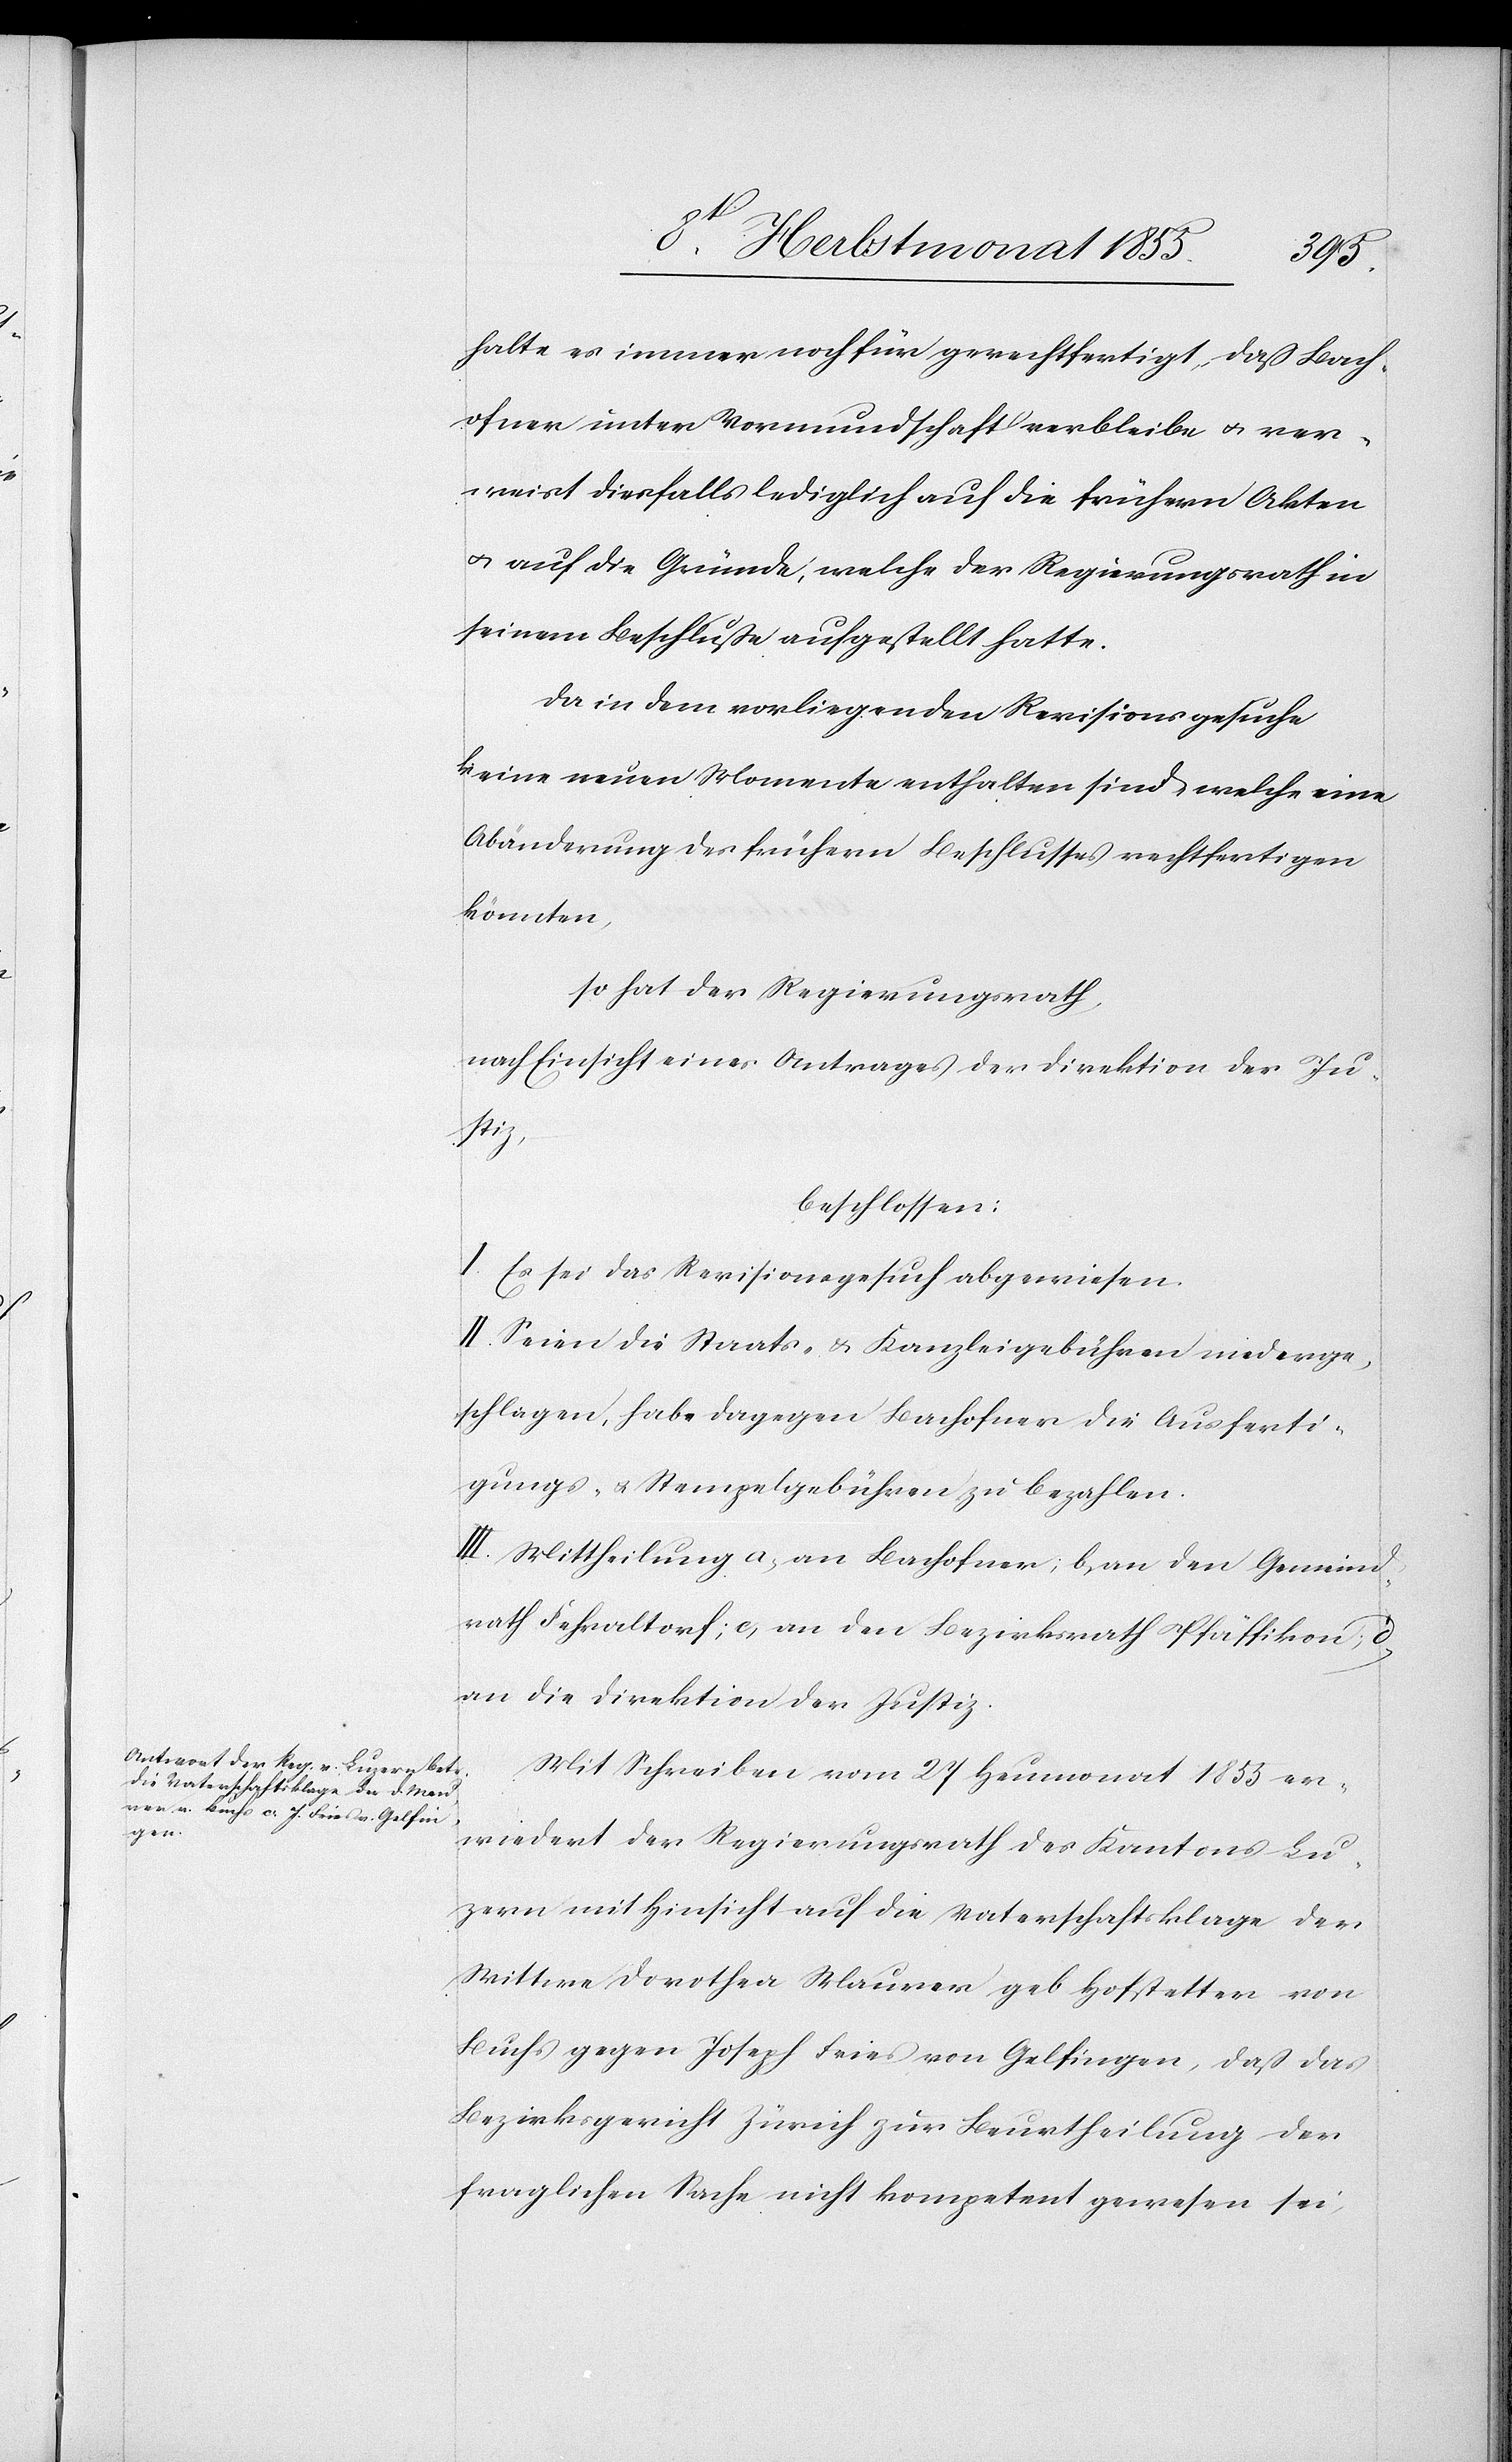
halte es immer noch für gerechtfertigt, daß Bach¬
ofner unter Vormundschaft verbleibe & ver¬
weist diesfalls lediglich auf die frühern Akten
& auf die Gründe, welche der Regierungsrath in
seinem Beschluße aufgestellt hatte.
Da in dem vorliegenden Revisionsgesuche
keine neuen Momente enthalten sind, welche eine
Abänderung des frühern Beschlusses rechtfertigen
könnten,
so hat der Regierungsrath,
nach Einsicht eines Antrages der Direktion der Ju¬
stiz,
beschlossen:
I. Es sei das Revisionsgesuch abgewiesen.
II. Seien die Staats- & Kanzleigebühren niederge¬
schlagen, habe dagegen Bachofner die Ausferti¬
gungs- & Stempelgebühren zu bezahlen.
III. Mittheilung a, an Bachofner; b, an den Gemeind¬
rath Fehraltorf; c, an den Bezirksrath Pfäffikon; d,
an die Direktion der Justiz.
Mit Schreiben vom 27 Heumonat 1855 er¬
wiedert der Regierungsrath des Kantons Lu¬
zern mit Hinsicht auf die Vaterschaftsklage der
Wittwe Dorothea Maurer geb. Hofstetter von
Buchs gegen Joseph Fries von Gelfingen, daß das
Bezirksgericht Zürich zur Beurtheilung der
fraglichen Sache nicht kompetent gewesen sei,